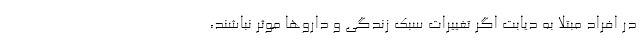
در افراد مبتلا به دیابت اگر تغییرات سبک زندگی و داروها موثر نباشند،